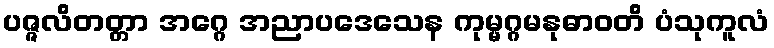
ပဇ္ဇလိတတ္တာ အဂ္ဂေ အညာပဒေသေန ကုမ္မဂ္ဂမနုဓာဝတိ ပံသုကူလံ